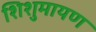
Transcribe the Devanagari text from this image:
शिशुमायण